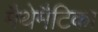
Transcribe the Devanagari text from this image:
मैथेमैटिका